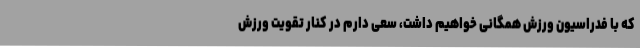
که با فدراسیون ورزش همگانی خواهیم داشت، سعی دارم در کنار تقویت ورزش